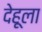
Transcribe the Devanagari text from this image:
देहूला